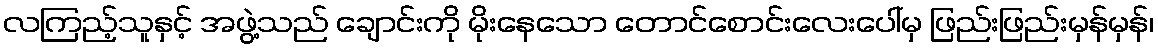
လကြည့်သူနှင့် အဖွဲ့သည် ချောင်းကို မိုးနေသော တောင်စောင်းလေးပေါ်မှ ဖြည်းဖြည်းမှန်မှန်၊